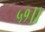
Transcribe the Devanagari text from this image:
५१।।